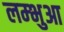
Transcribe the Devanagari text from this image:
लम्‍भुआ